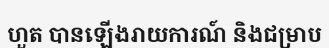
ហួត បានឡើងរាយការណ៍ និងជម្រាប